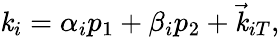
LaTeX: \mathit{k}_{i}=\alpha_{i}p_{1}+\beta_{i}p_{2}+\vec{{\mathit{k}}}_{iT},